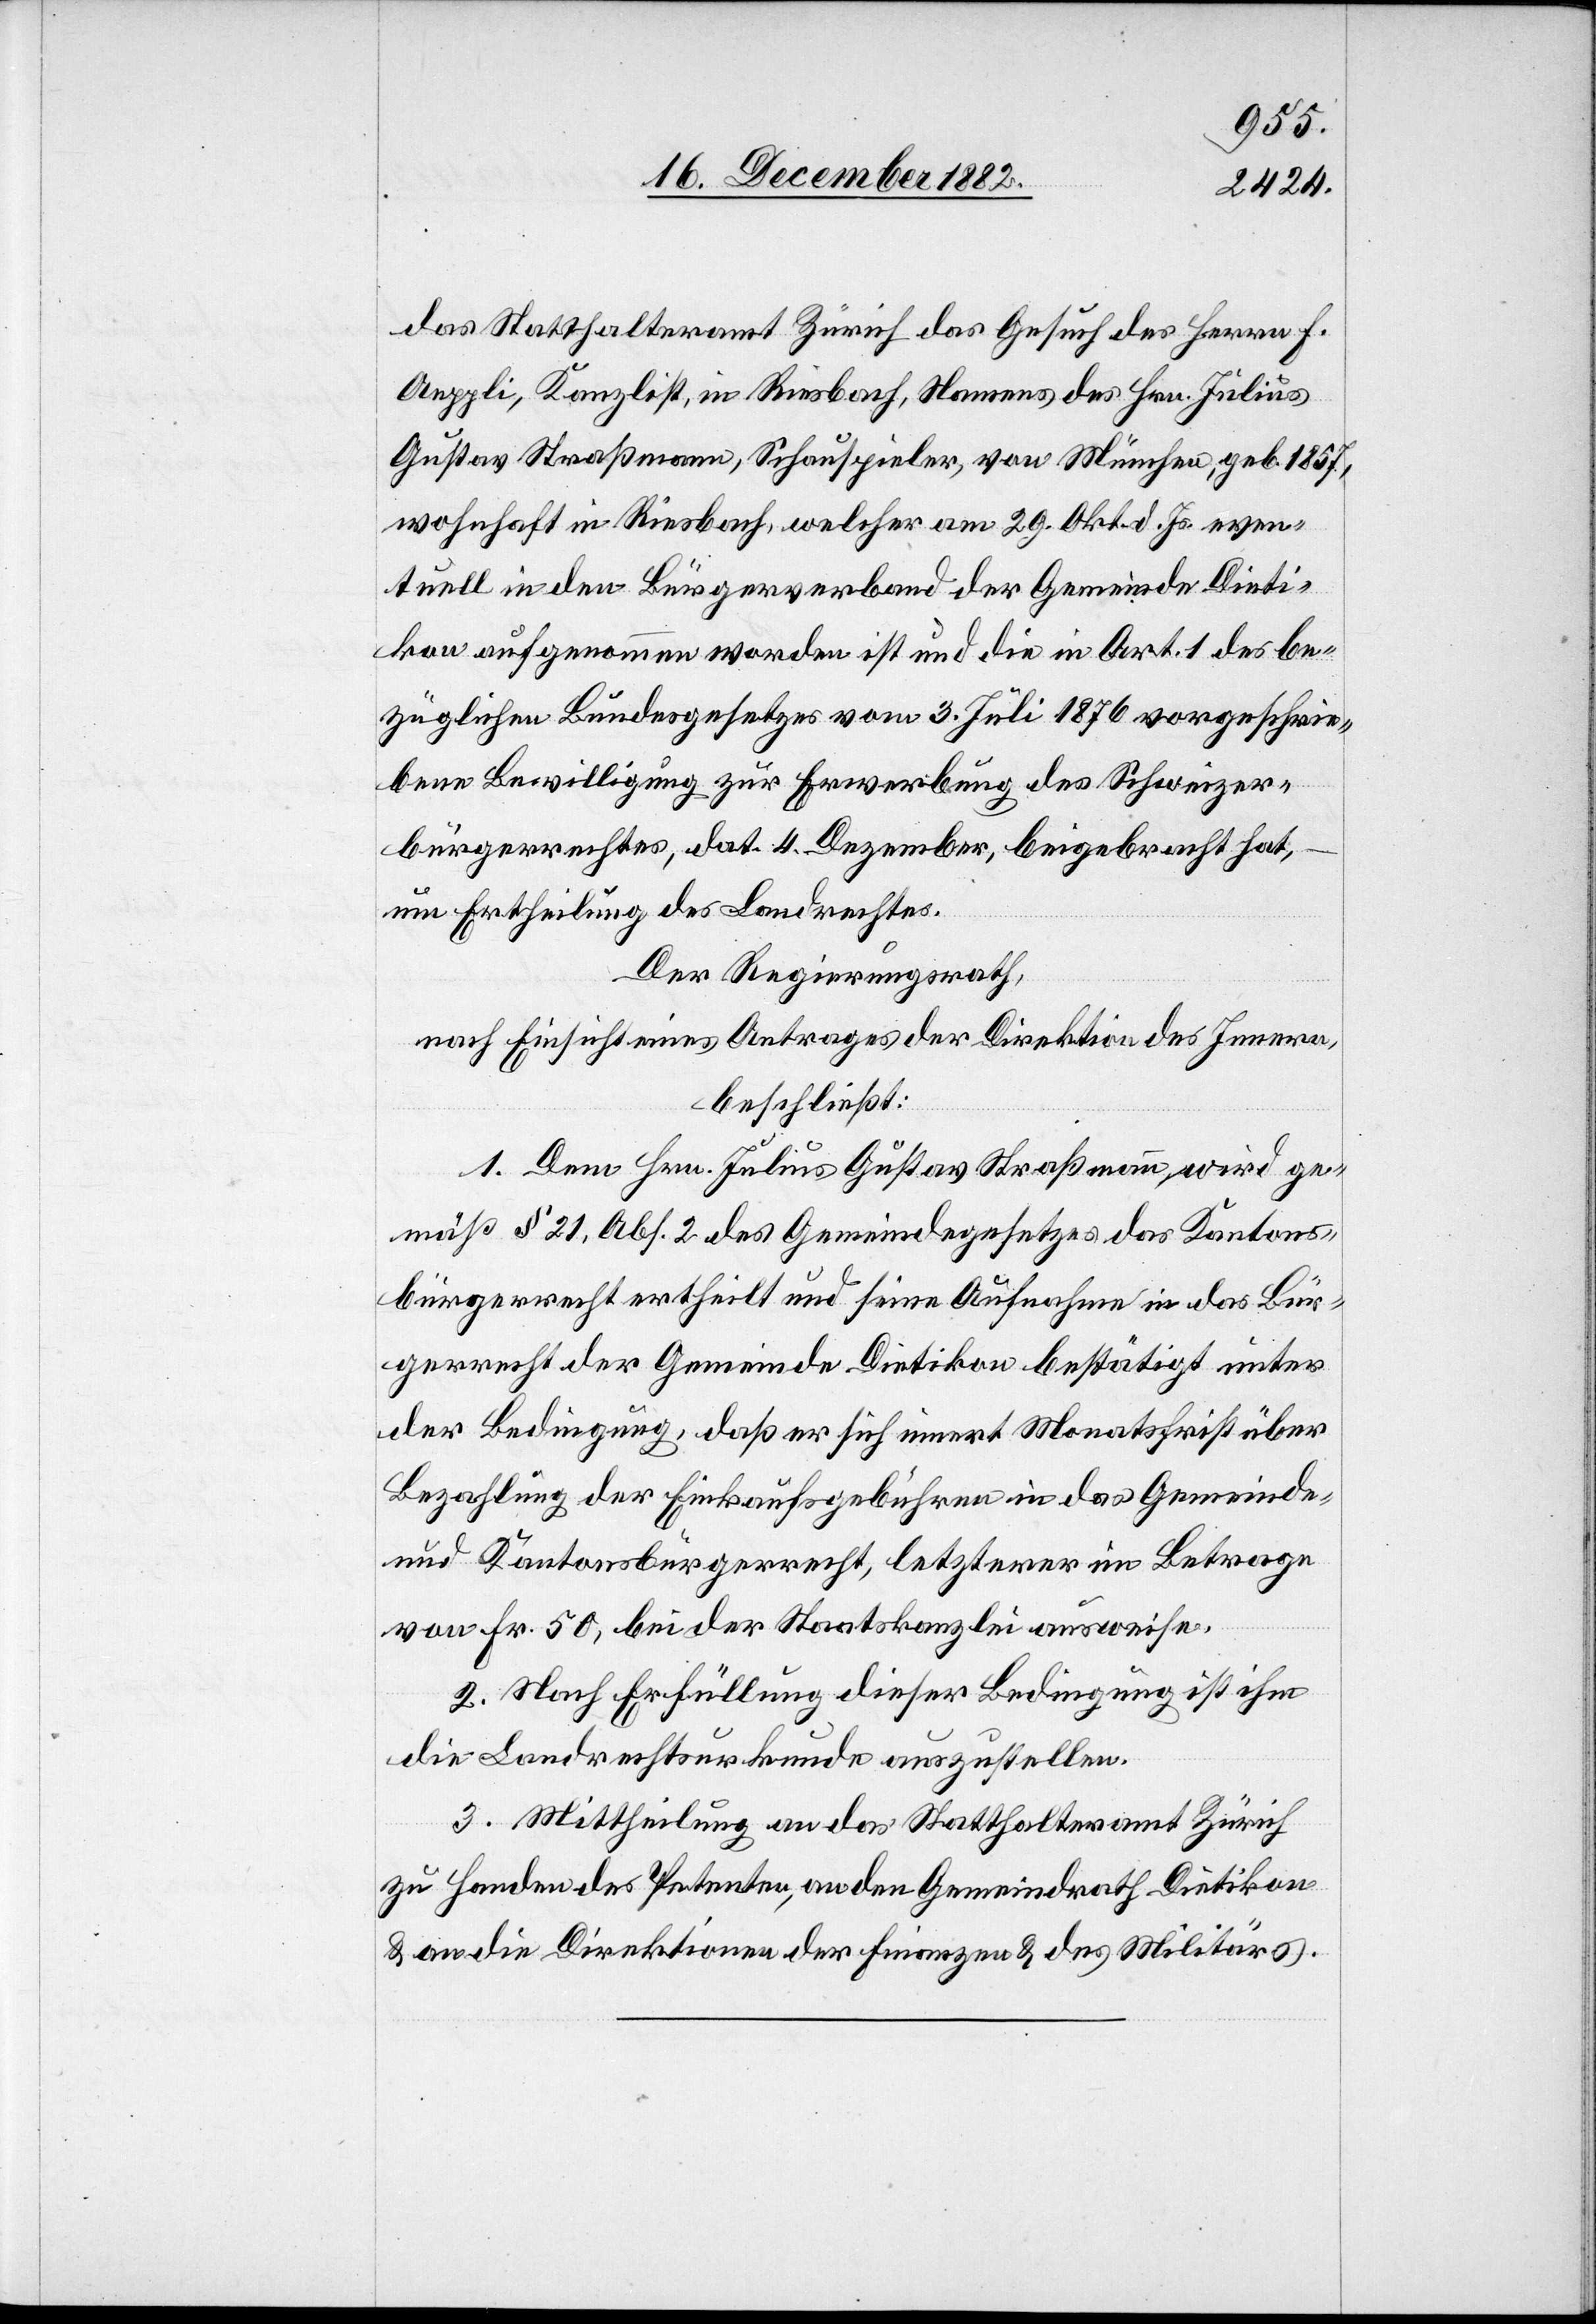
das Statthalteramt Zürich das Gesuch des Herrn F.
Aeppli, Kanzlist, in Riesbach, Namens des Hrn. Julius
Gustav Straßmann, Schauspieler, von München, geb. 1857,
wohnhaft in Riesbach, welcher am 29. Okt. d. Js. even¬
tuell in den Bürgerverband der Gemeinde Dieti¬
kon aufgenommen worden ist und die in Art. 1 des be¬
züglichen Bundesgesetzes vom 3. Juli 1876 vorgeschrie¬
bene Bewilligung zur Erwerbung des Schweizer¬
bürgerrechtes, dat. 4. Dezember, beigebracht hat,
um Ertheilung des Landrechtes.
Der Regierungsrath,
nach Einsicht eines Antrages der Direktion des Innern,
beschließt:
1. Dem Hrn. Julius Gustav Straßmann wird ge¬
mäß § 21, Abs. 2 des Gemeindegesetzes das Kantons¬
bürgerrecht ertheilt und seine Aufnahme in das Bür¬
gerrecht der Gemeinde Dietikon bestätigt unter
der Bedingung, daß er sich innert Monatsfrist über
Bezahlung der Einkaufsgebühren in das Gemeinde-
und Kantonsbürgerrecht, letzterer im Betrage
von Fr. 50, bei der Staatskanzlei ausweise.
2. Nach Erfüllung dieser Bedingung ist ihm
die Landrechtsurkunde auszustellen.
3. Mittheilung an das Statthalteramt Zürich
zu Handen des Petenten, an den Gemeindrath Dietikon
& an die Direktionen der Finanzen & des Militärs.